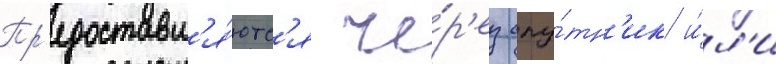
Пр'едоставл'я́ютс'я че́р'ез спу́тн'ик и́л'и